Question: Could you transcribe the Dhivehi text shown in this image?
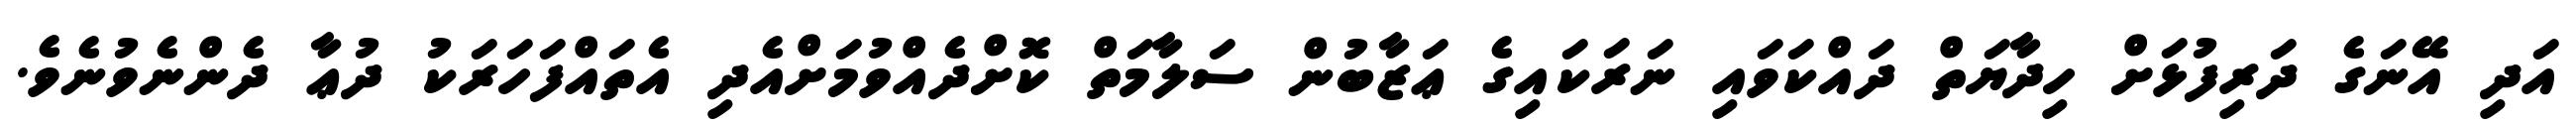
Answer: އަދި އޭނަގެ ދަރިފުޅަށް ހިދާޔަތް ދައްކަވައި ނަރަކައިގެ ޢަޒާބުން ސަލާމަތް ކޮށްދެއްވުމަށްއެދި އެތައްފަހަރަކު ދުޢާ ދެންނެވުނެވެ.